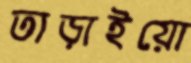
তাড়াইয়ো